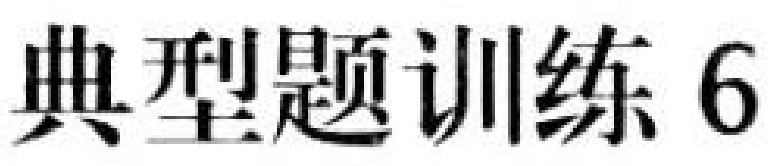
典型题训练 6